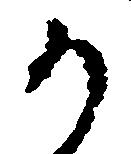
か